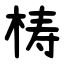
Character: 梼